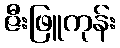
ဇီးဖြူကုန်း